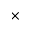
\times